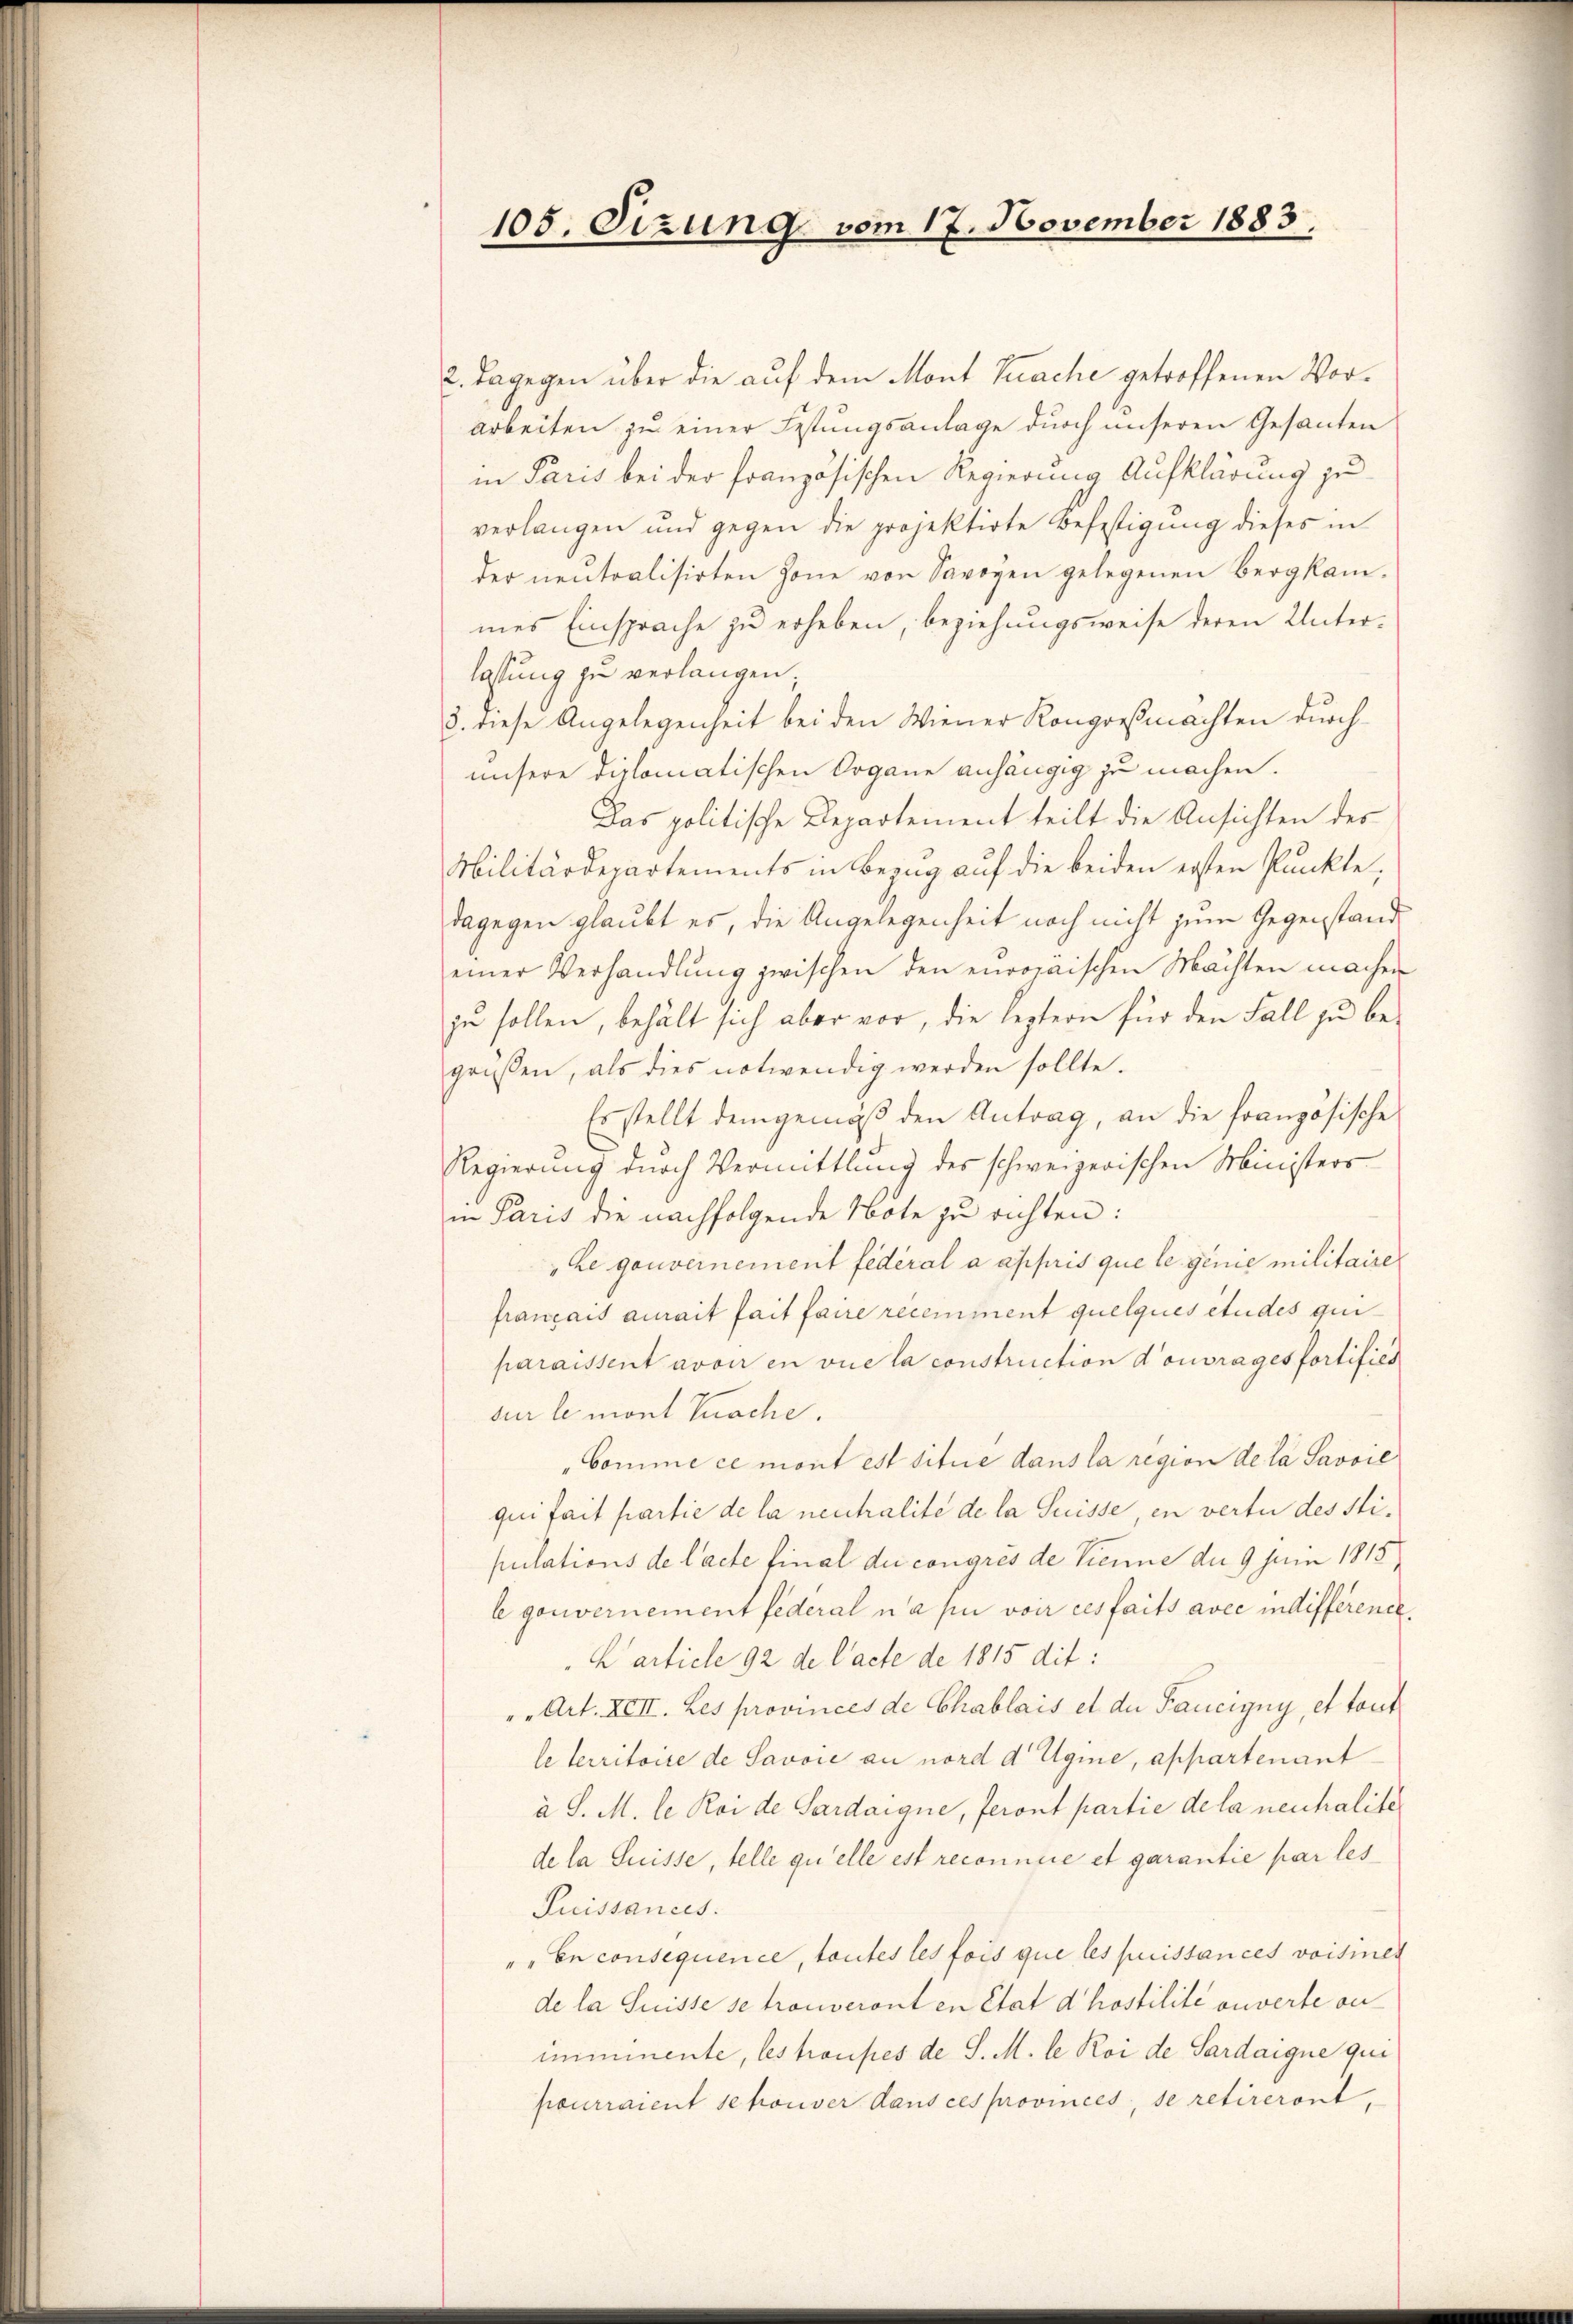
105. Sizung vom 17. November 1883.

2. Dagegen über die auf dem Mont Prache getroffenen Vorarbeiten zu einer Festungsanlage durch unseren Gesanten
in Paris bei der französischen Regierung Aufklärung zu
verlangen und gegen die projektirte Befestigung dieses in
der neutralisirten Zone von Savoyen gelegenen Bergkammes Einsprache zu erheben, beziehungsweise deren Unter-
lassung zu verlangen,
3. diese Angelegenheit bei den Wiener Kongreßmächten durchunsere diplomatischen Organe anhängig zu machen.
Das politische Departement teilt die Ansichten des
Militärdepartements in Bezug auf die beiden ersten Punkte,
dagegen glaubt es, die Angelegenheit noch nicht zum Gegenstand
einer Verhandlung zwischen den europaischen Mächten machen
zu sollen, behält sich aber vor, die leztern für den Fall zu begrüßen, als dies notwendig werden sollte.
Es stellt demgemäβ den Antrag, an die französische
Regierung durch Vermittlung des schweizerischen Ministers
in Paris die nachfolgende Note zu richten:
he gouvernement fédéral a appris que le genie militaire
français aurait fait faire recemment quelques études qui
paraissent avoir en vue la construction d’ouvrages fortifiés
sur le mont Sache.
Comme ce mont est situe dans la region de la Savoie
qui fait partie de la neutralite de la Suisse, en verte des Stipulations de lacte final du congres de Sienne du 9 Juin 1815,
lgouvernement fédéral nahme voir ces faits avec indifférence
E article 92 de l’acte de 1815 dit:
" " Art. XIII. Les provinces de Chablais et der Faucigny, et tout
le territoire de Savvić an nord d Ugine, appartenant
à S. M. le Roi de Sardaigne, feront partie dela neuchalitede la Suisse, telle qu’elle est reconnaie et garantie par les
Suissances.
"" En consequence, toutes les fois que les puissances voisines
de la Suisse se trouveront en état d’hostilité ouverte an
immmente, les troupes de S. M. le Roi de Sardaigne qui
pourraient sehouver dans ces provinces, se retireront,